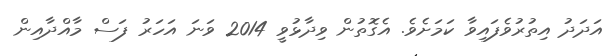
އަދަދު އިތުރުވެފައިވާ ކަމަށެވެ. އެގޮތުން ވިދާޅުވީ 2014 ވަނަ އަހަރު ފަސް މާއްދާއިން